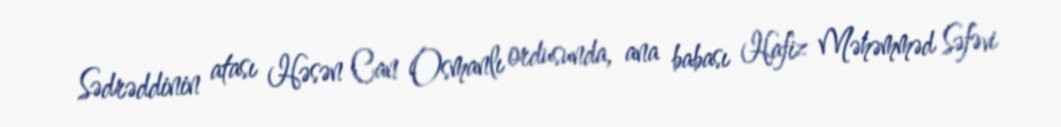
Sədrəddinin atası Həsən Can Osmanlı ordusunda, ana babası Hafiz Məhəmməd Səfəvi